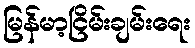
မြန်မာ့ငြိမ်းချမ်းရေး